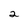
Character: a